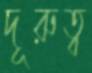
দূরুত্ব